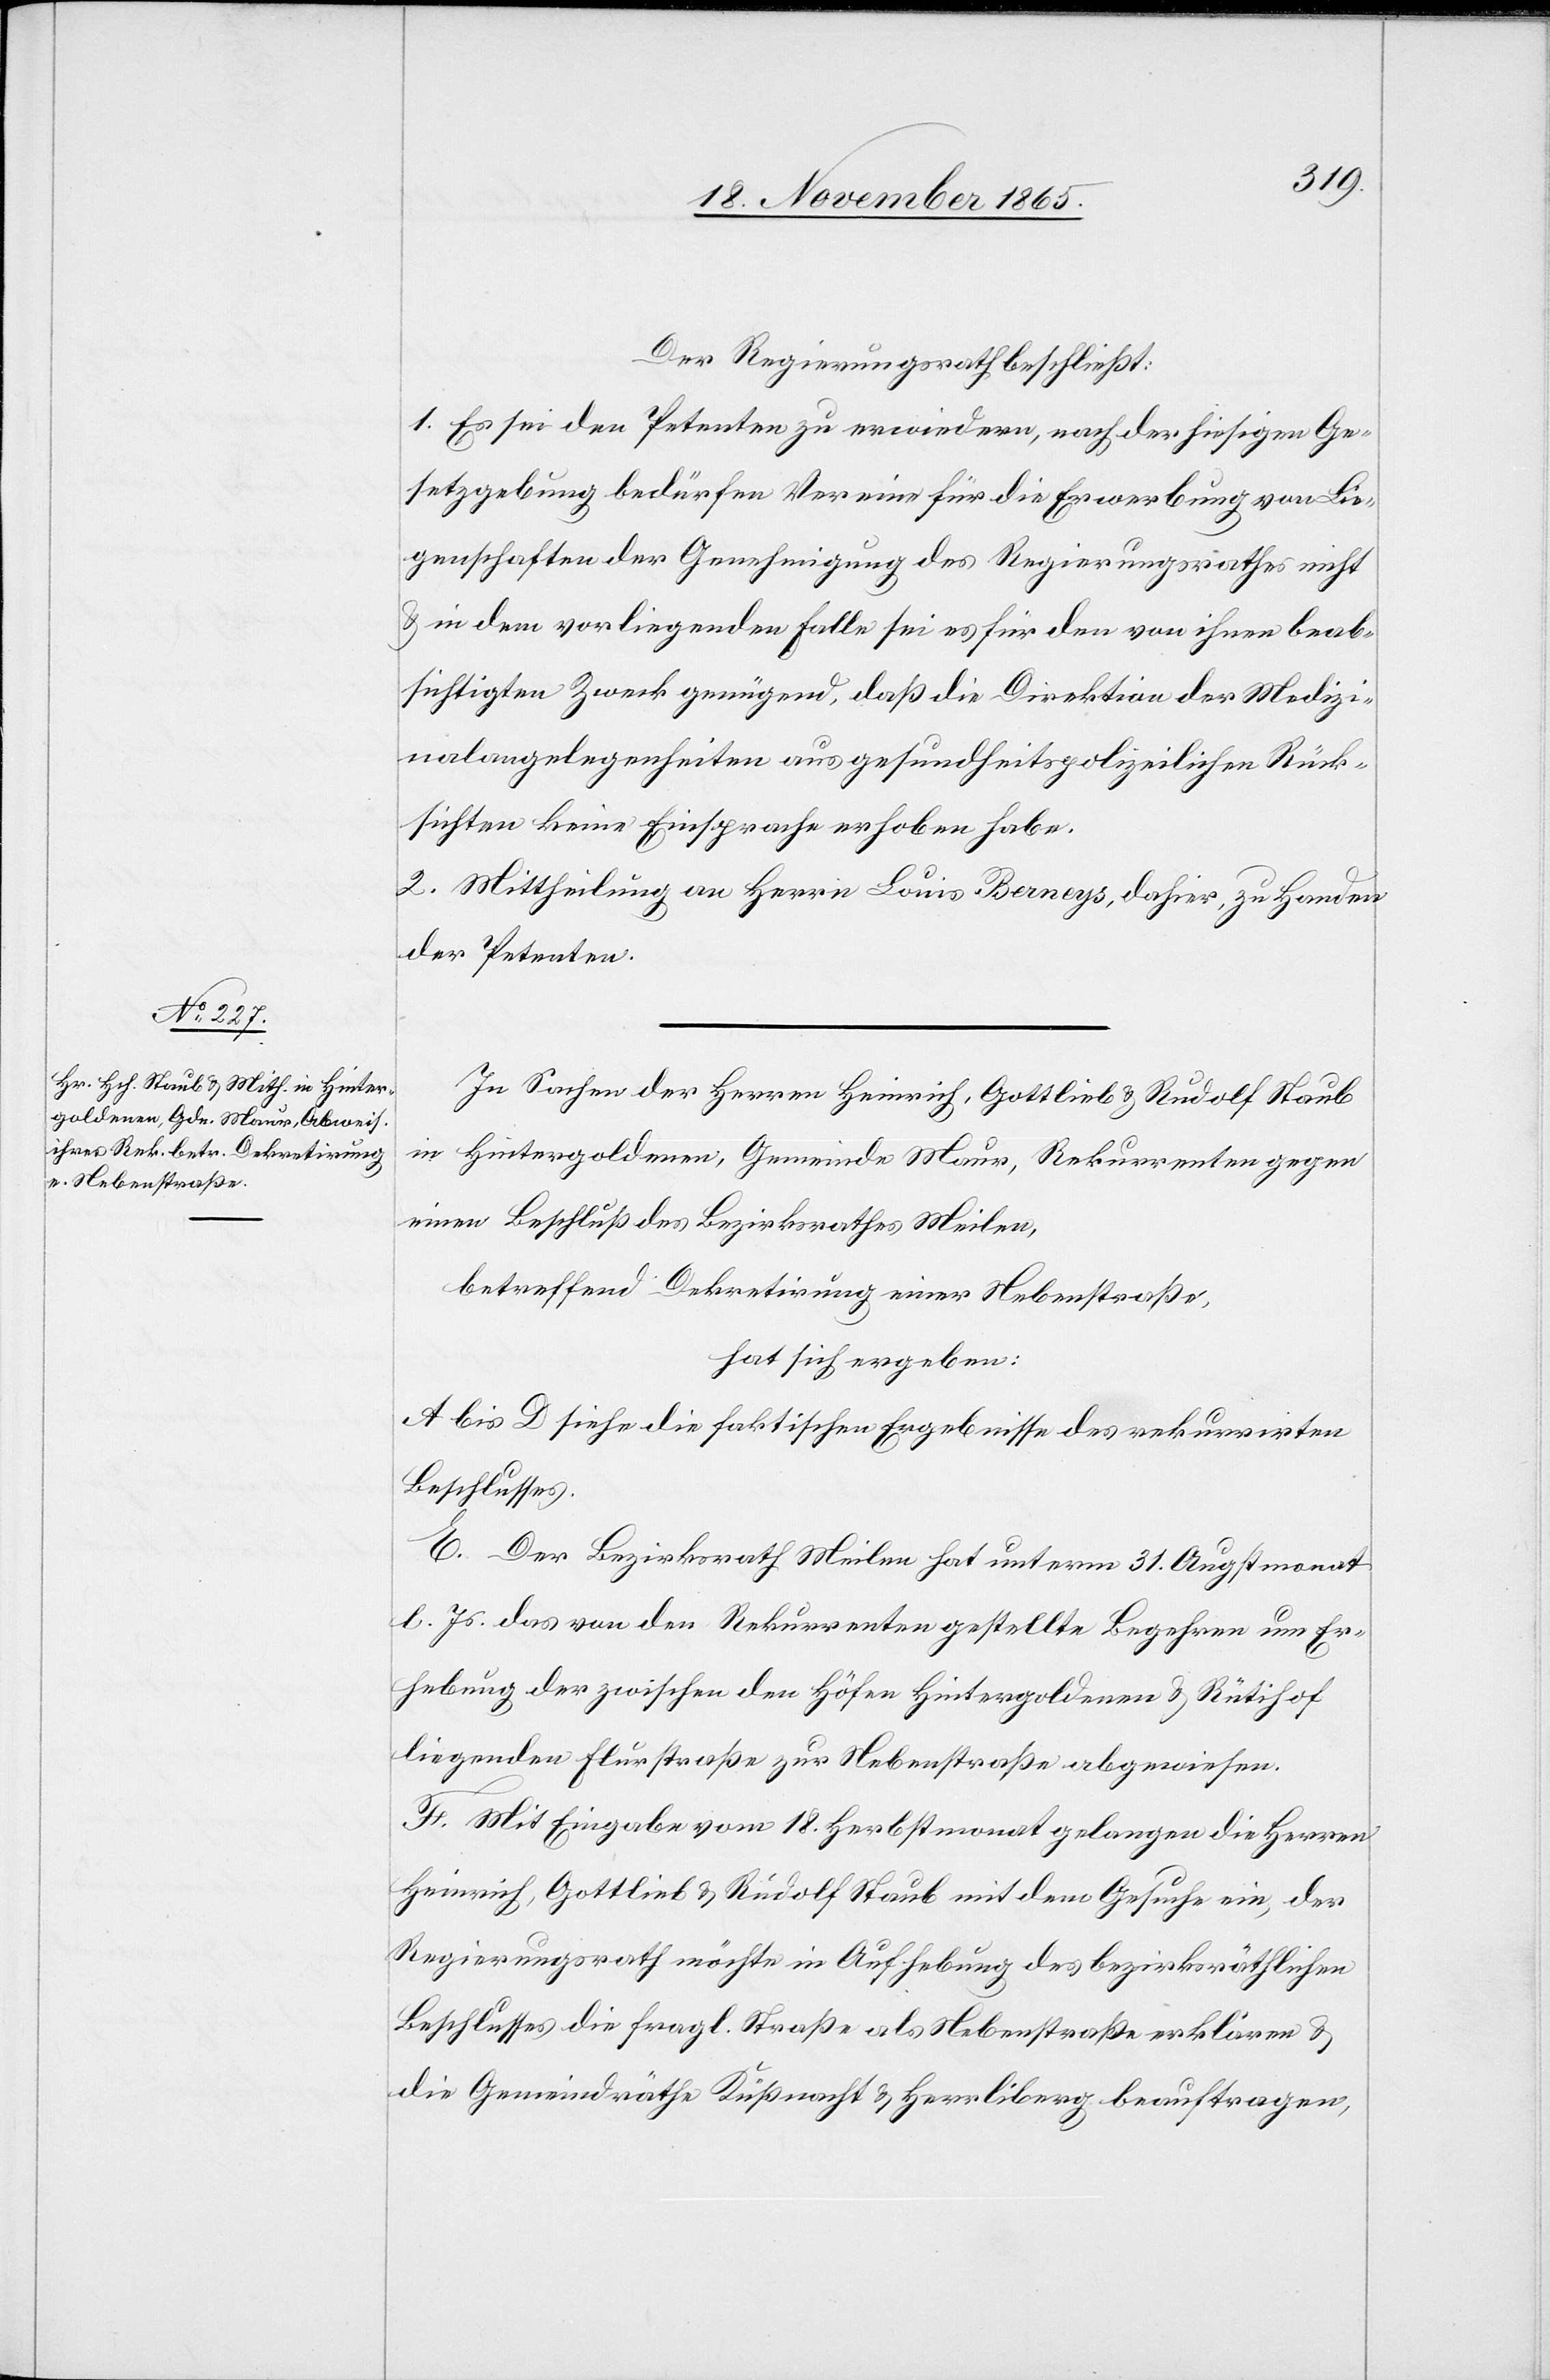
Der Regierungsrath beschließt:
1. Es sei den Petenten zu erwiedern, nach der hiesigen Ge¬
setzgebung bedürfen Vereine für die Erwerbung von Lie¬
genschaften der Genehmigung des Regierungsrathes nicht
& in dem vorliegenden Falle sei es für den von ihnen beab¬
sichtigten Zweck genügend, daß die Direktion der Medizi¬
nalangelegenheiten aus gesundheitspolizeilichen Rück¬
sichten keine Einsprache erhoben habe.
2. Mittheilung an Herrn Louis Berneys, dahier, zu Handen
der Petenten.
In Sachen der Herren Heinrich, Gottlieb & Rudolf Staub
in Hintergoldenen, Gemeinde Maur, Rekurrenten gegen
einen Beschluß des Bezirksrathes Meilen,
betreffend Dekretirung einer Nebenstraße,
hat sich ergeben:
A bis D siehe die faktischen Ergebnisse des rekurrirten
Beschlusses.
E. Der Bezirksrath Meilen hat unterm 31. Augstmonat
l. Js. das von den Rekurrenten gestellte Begehren um Er¬
hebung der zwischen den Höfen Hintergoldenen & Rütihof
liegenden Flurstraße zur Nebenstraße abgewiesen.
F. Mit Eingabe vom 18. Herbstmonat gelangen die Herren
Heinrich, Gottlieb & Rudolf Staub mit dem Gesuche ein, der
Regierungsrath möchte in Aufhebung des bezirksräthlichen
Beschlusses die fragl. Straße als Nebenstraße erklären &
die Gemeindräthe Küßnacht & Herrliberg beauftragen,